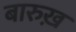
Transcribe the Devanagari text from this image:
बारुख़